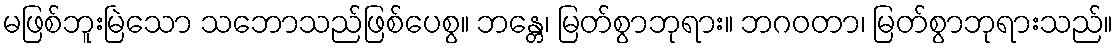
မဖြစ်ဘူးမြဲသော သဘောသည်ဖြစ်ပေစွ။ ဘန္တေ၊ မြတ်စွာဘုရား။ ဘဂဝတာ၊ မြတ်စွာဘုရားသည်။